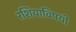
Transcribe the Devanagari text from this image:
रशियाविषयी